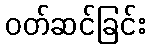
ဝတ်ဆင်ခြင်း